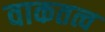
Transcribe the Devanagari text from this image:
वाकतत्व